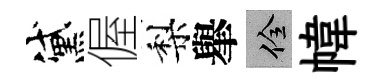
黛偓梨𦦙佺幃